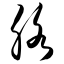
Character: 胳